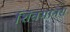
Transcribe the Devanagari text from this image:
शिवमानस